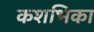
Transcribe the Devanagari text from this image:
कशभिका